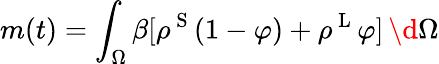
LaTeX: m(t)=\int_{\Omega}\beta[\rho^{\mathrm{~S~}}(1-\varphi)+\rho^{\mathrm{~L~}}\varphi]\, \d\Omega